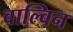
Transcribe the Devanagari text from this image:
वाल्विन